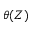
\theta ( Z )